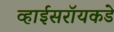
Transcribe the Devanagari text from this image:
व्हाईसरॉयकडे